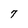
Character: 7